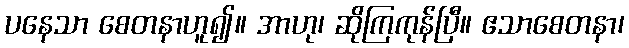
ပနေသာ စေတနာဟူ၍။ အာဟု၊ ဆိုကြကုန်ပြီ။ ဧသာစေတနာ၊